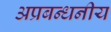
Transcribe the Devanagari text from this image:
अप्रबन्धनीय